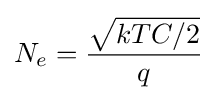
N_{e}={\frac {\sqrt {kTC/2}}{q}}